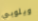
ويلوبي